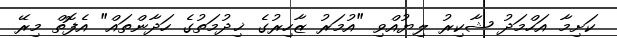
ކަށިމާ އަހްމަދު ޝާކިރު ލިޔުއްވި "އުމަރު ޒާހިރުގެ ޚިދުމަތުގެ ހަދާންތައް" އެފޮތް މިރޭ